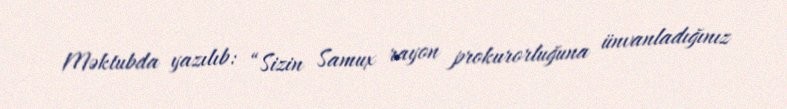
Məktubda yazılıb: “Sizin Samux rayon prokurorluğuna ünvanladığınız